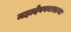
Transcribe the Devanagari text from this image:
महादेववचस्तथा